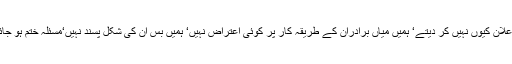
ہم یہ اعلان کیوں نہیں کر دیتے‘ ہمیں میاں برادران کے طریقہ کار پر کوئی اعتراض نہیں‘ ہمیں بس ان کی شکل پسند نہیں‘مسئلہ ختم ہو جائے گا۔